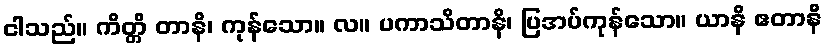
ငါသည်။ ကိတ္တိ တာနိ၊ ကုန်သော။ လ။ ပကာသိတာနိ၊ ပြအပ်ကုန်သော။ ယာနိ ဧတာနိ